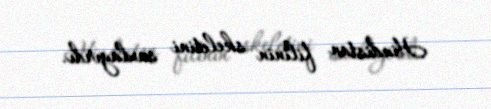
Hindistan filinin skeletini saxlayırdı.